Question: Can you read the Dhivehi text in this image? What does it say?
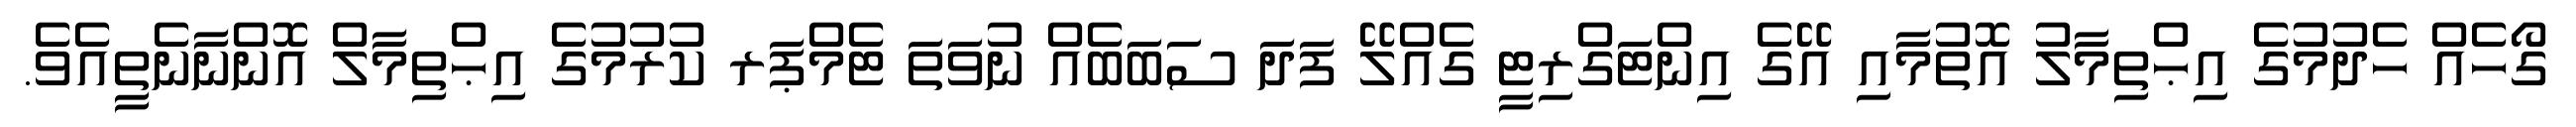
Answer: ގޯހެއް ހެދުމުގެ އިޙްތިމާލު އޮތުމާއި އޭގެ އިންޓަގްރިޓީ ގެއްލޭ ފަދަ ސަބަބެއް ނުވަތަ ޓެމްޕަރ ކުރުމުގެ އިޙްތިމާލް އޮންނާނެތީއެވެ.